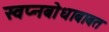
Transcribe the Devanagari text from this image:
स्वप्नबोधाबाबत